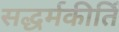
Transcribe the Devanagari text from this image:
सद्धर्मकीर्ति